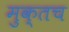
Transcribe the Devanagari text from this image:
मुक्तच